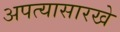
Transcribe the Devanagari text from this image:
अपत्यासारखे